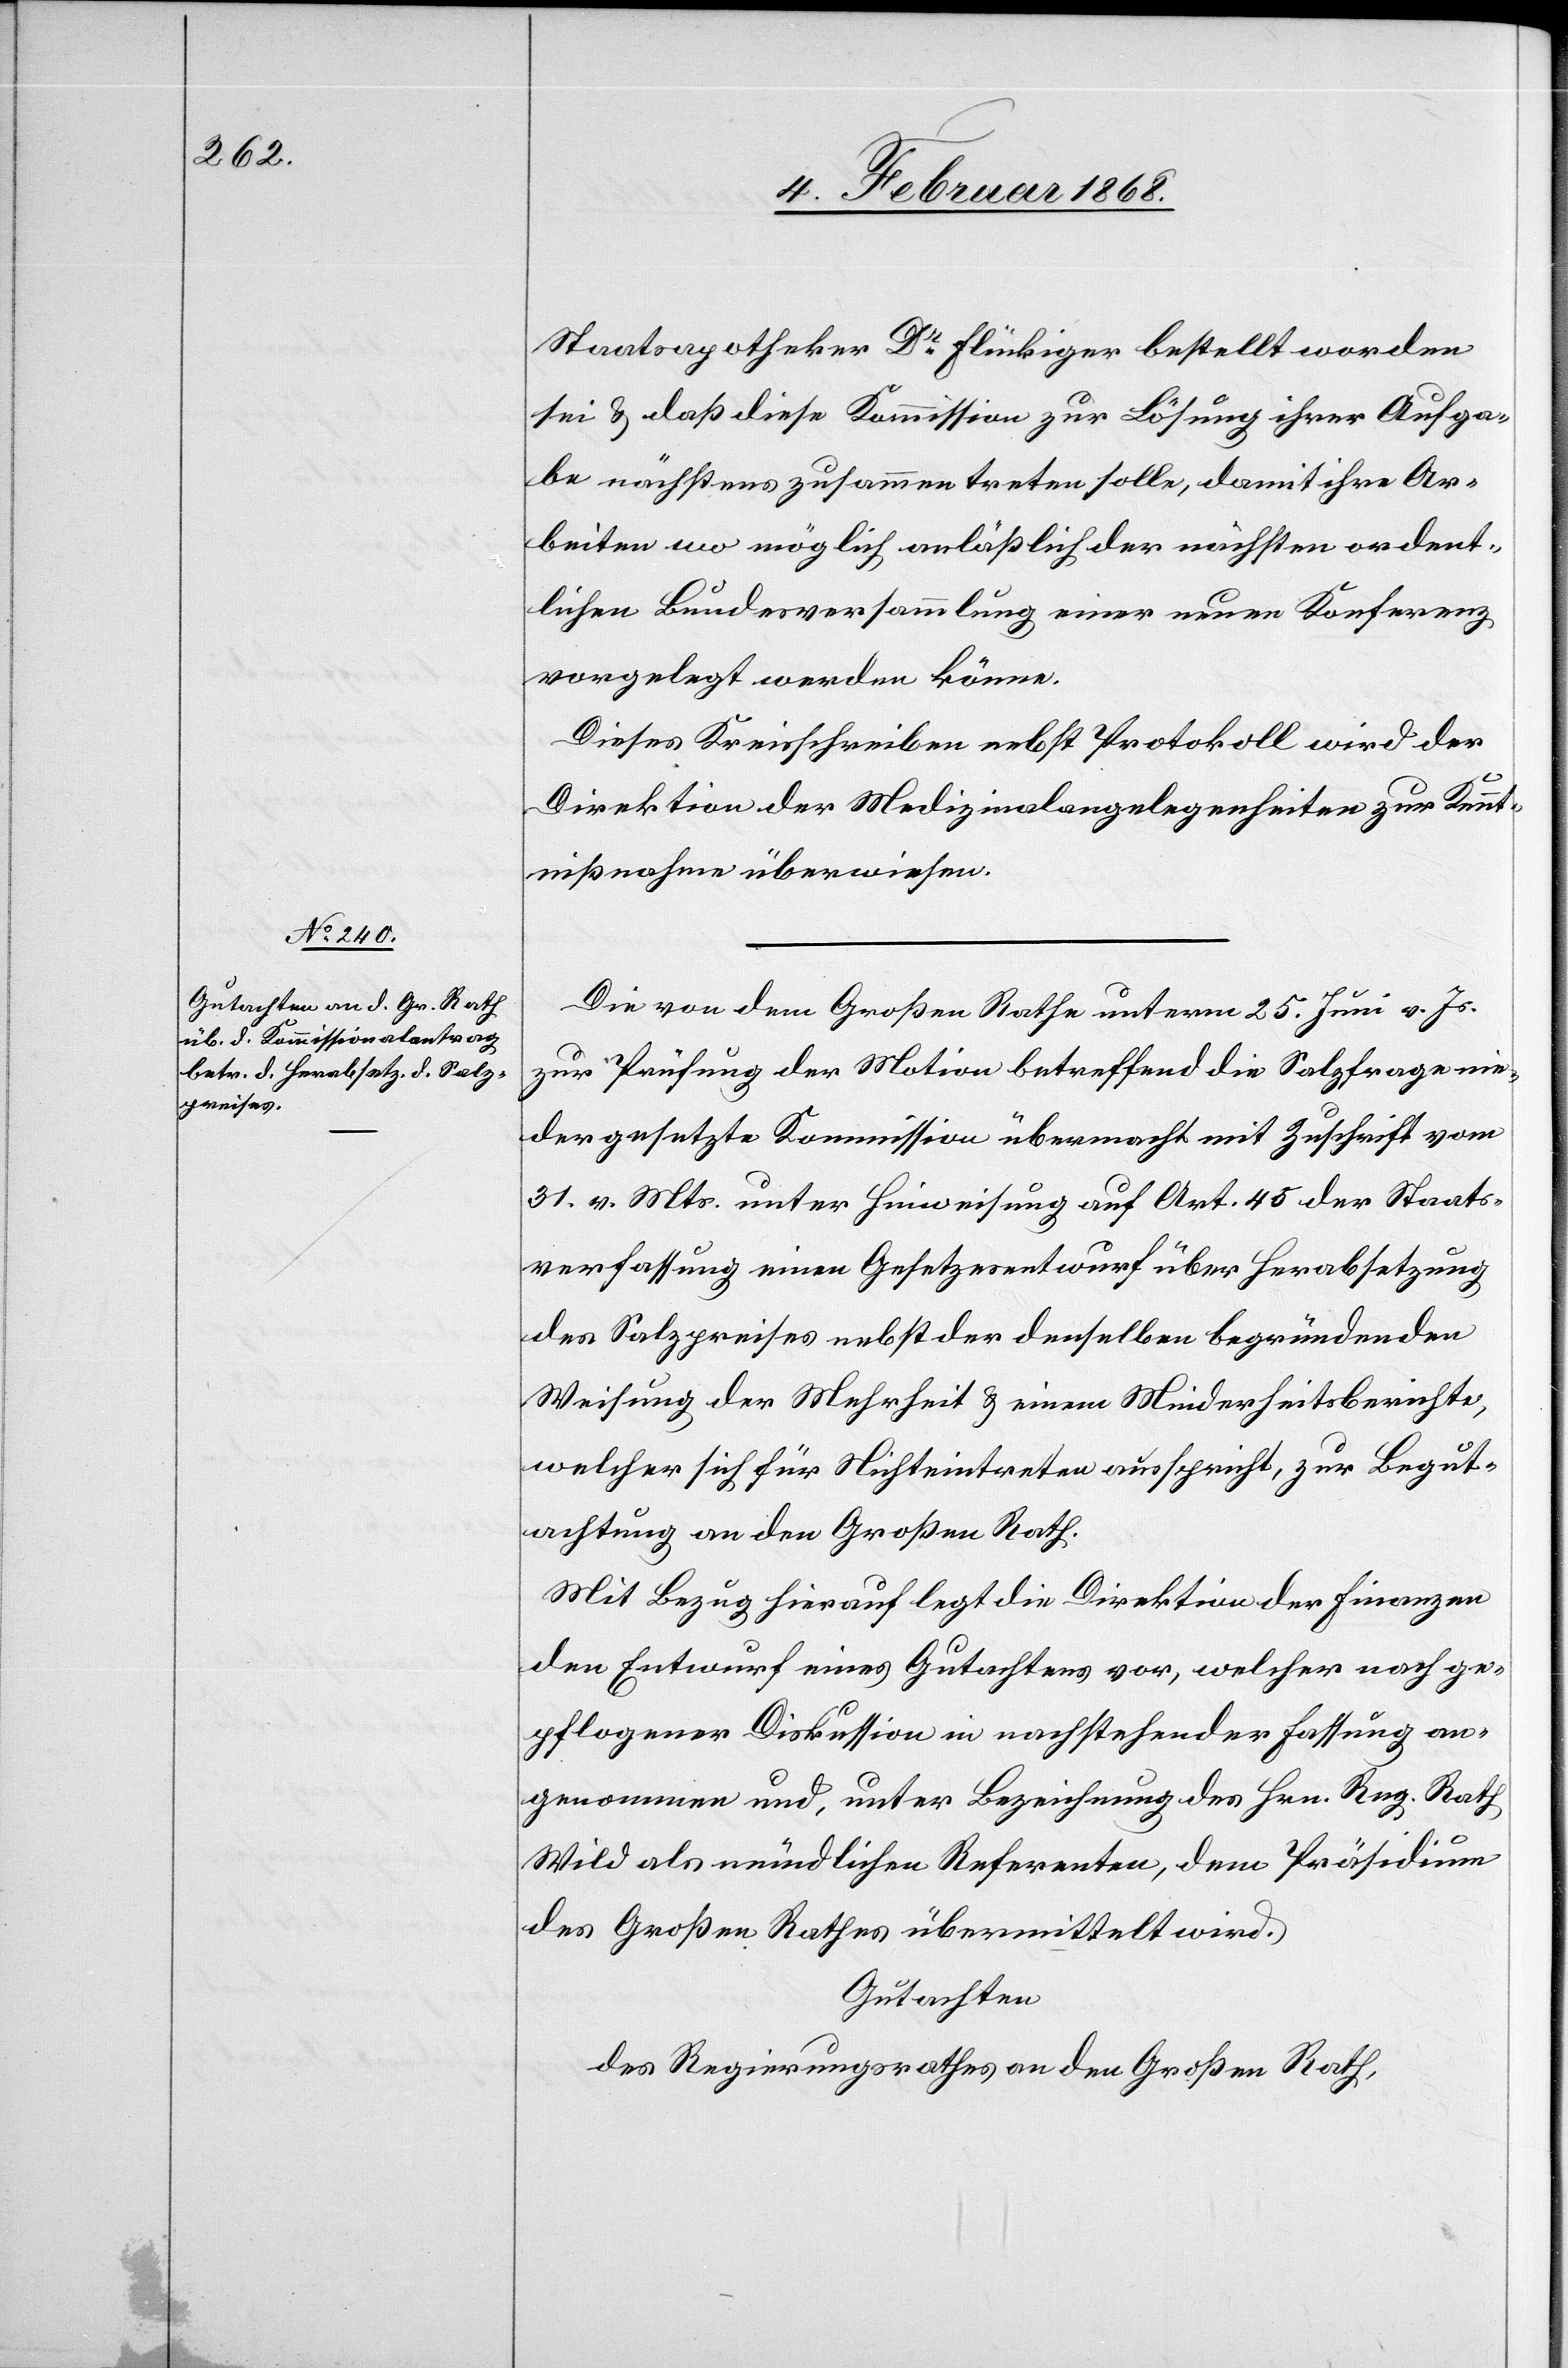
Staatsapotheker Dr. Flückiger bestellt worden
sei & daß diese Kommission zur Lösung ihrer Aufga¬
be nächstens zusammentreten solle, damit ihre Ar¬
beiten wo möglich anläßlich der nächsten ordent¬
lichen Bundesversammlung einer neuen Konferenz
vorgelegt werden könne[n].
Dieses Kreisschreiben nebst Protokoll wird der
Direktion der Medizinalangelegenheiten zur Kennt¬
nißnahme überwiesen.
Die von dem Großen Rathe unterm 25. Juni v. Js.
zur Prüfung der Motion betreffend die Salzfrage nie¬
dergesetzte Kommission übermacht mit Zuschrift vom
31. v. Mts. unter Hinweisung auf Art. 45 der Staats¬
verfassung einen Gesetzesentwurf über Herabsetzung
des Salzpreises nebst der denselben begründenden
Weisung der Mehrheit & einem Minderheitsberichte,
welcher sich für Nichteintreten ausspricht, zur Begut¬
achtung an den Großen Rath.
Mit Bezug hierauf legt die Direktion der Finanzen
den Entwurf eines Gutachtens vor, welcher nach ge¬
pflogener Diskussion in nachstehender Fassung an¬
genommen und, unter Bezeichnung des Hrn. Reg. Rath
Wild als mündlichen Referenten, dem Präsidium
des Großen Rathes übermittelt wird.
Gutachten
des Regierungsrathes an den Großen Rath,